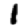
Digit: 1